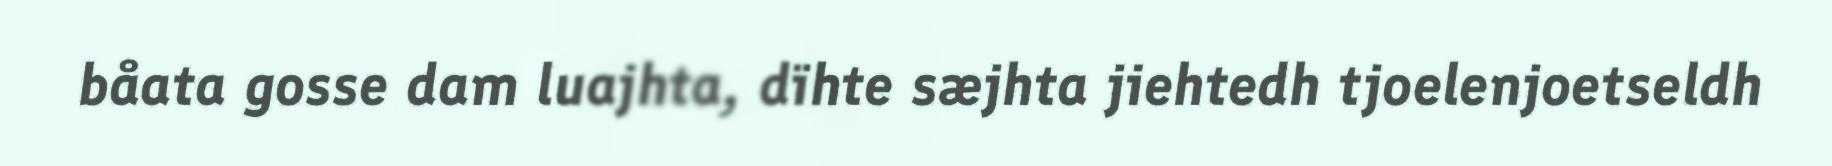
båata gosse dam luajhta, dïhte sæjhta jiehtedh tjoelenjoetseldh